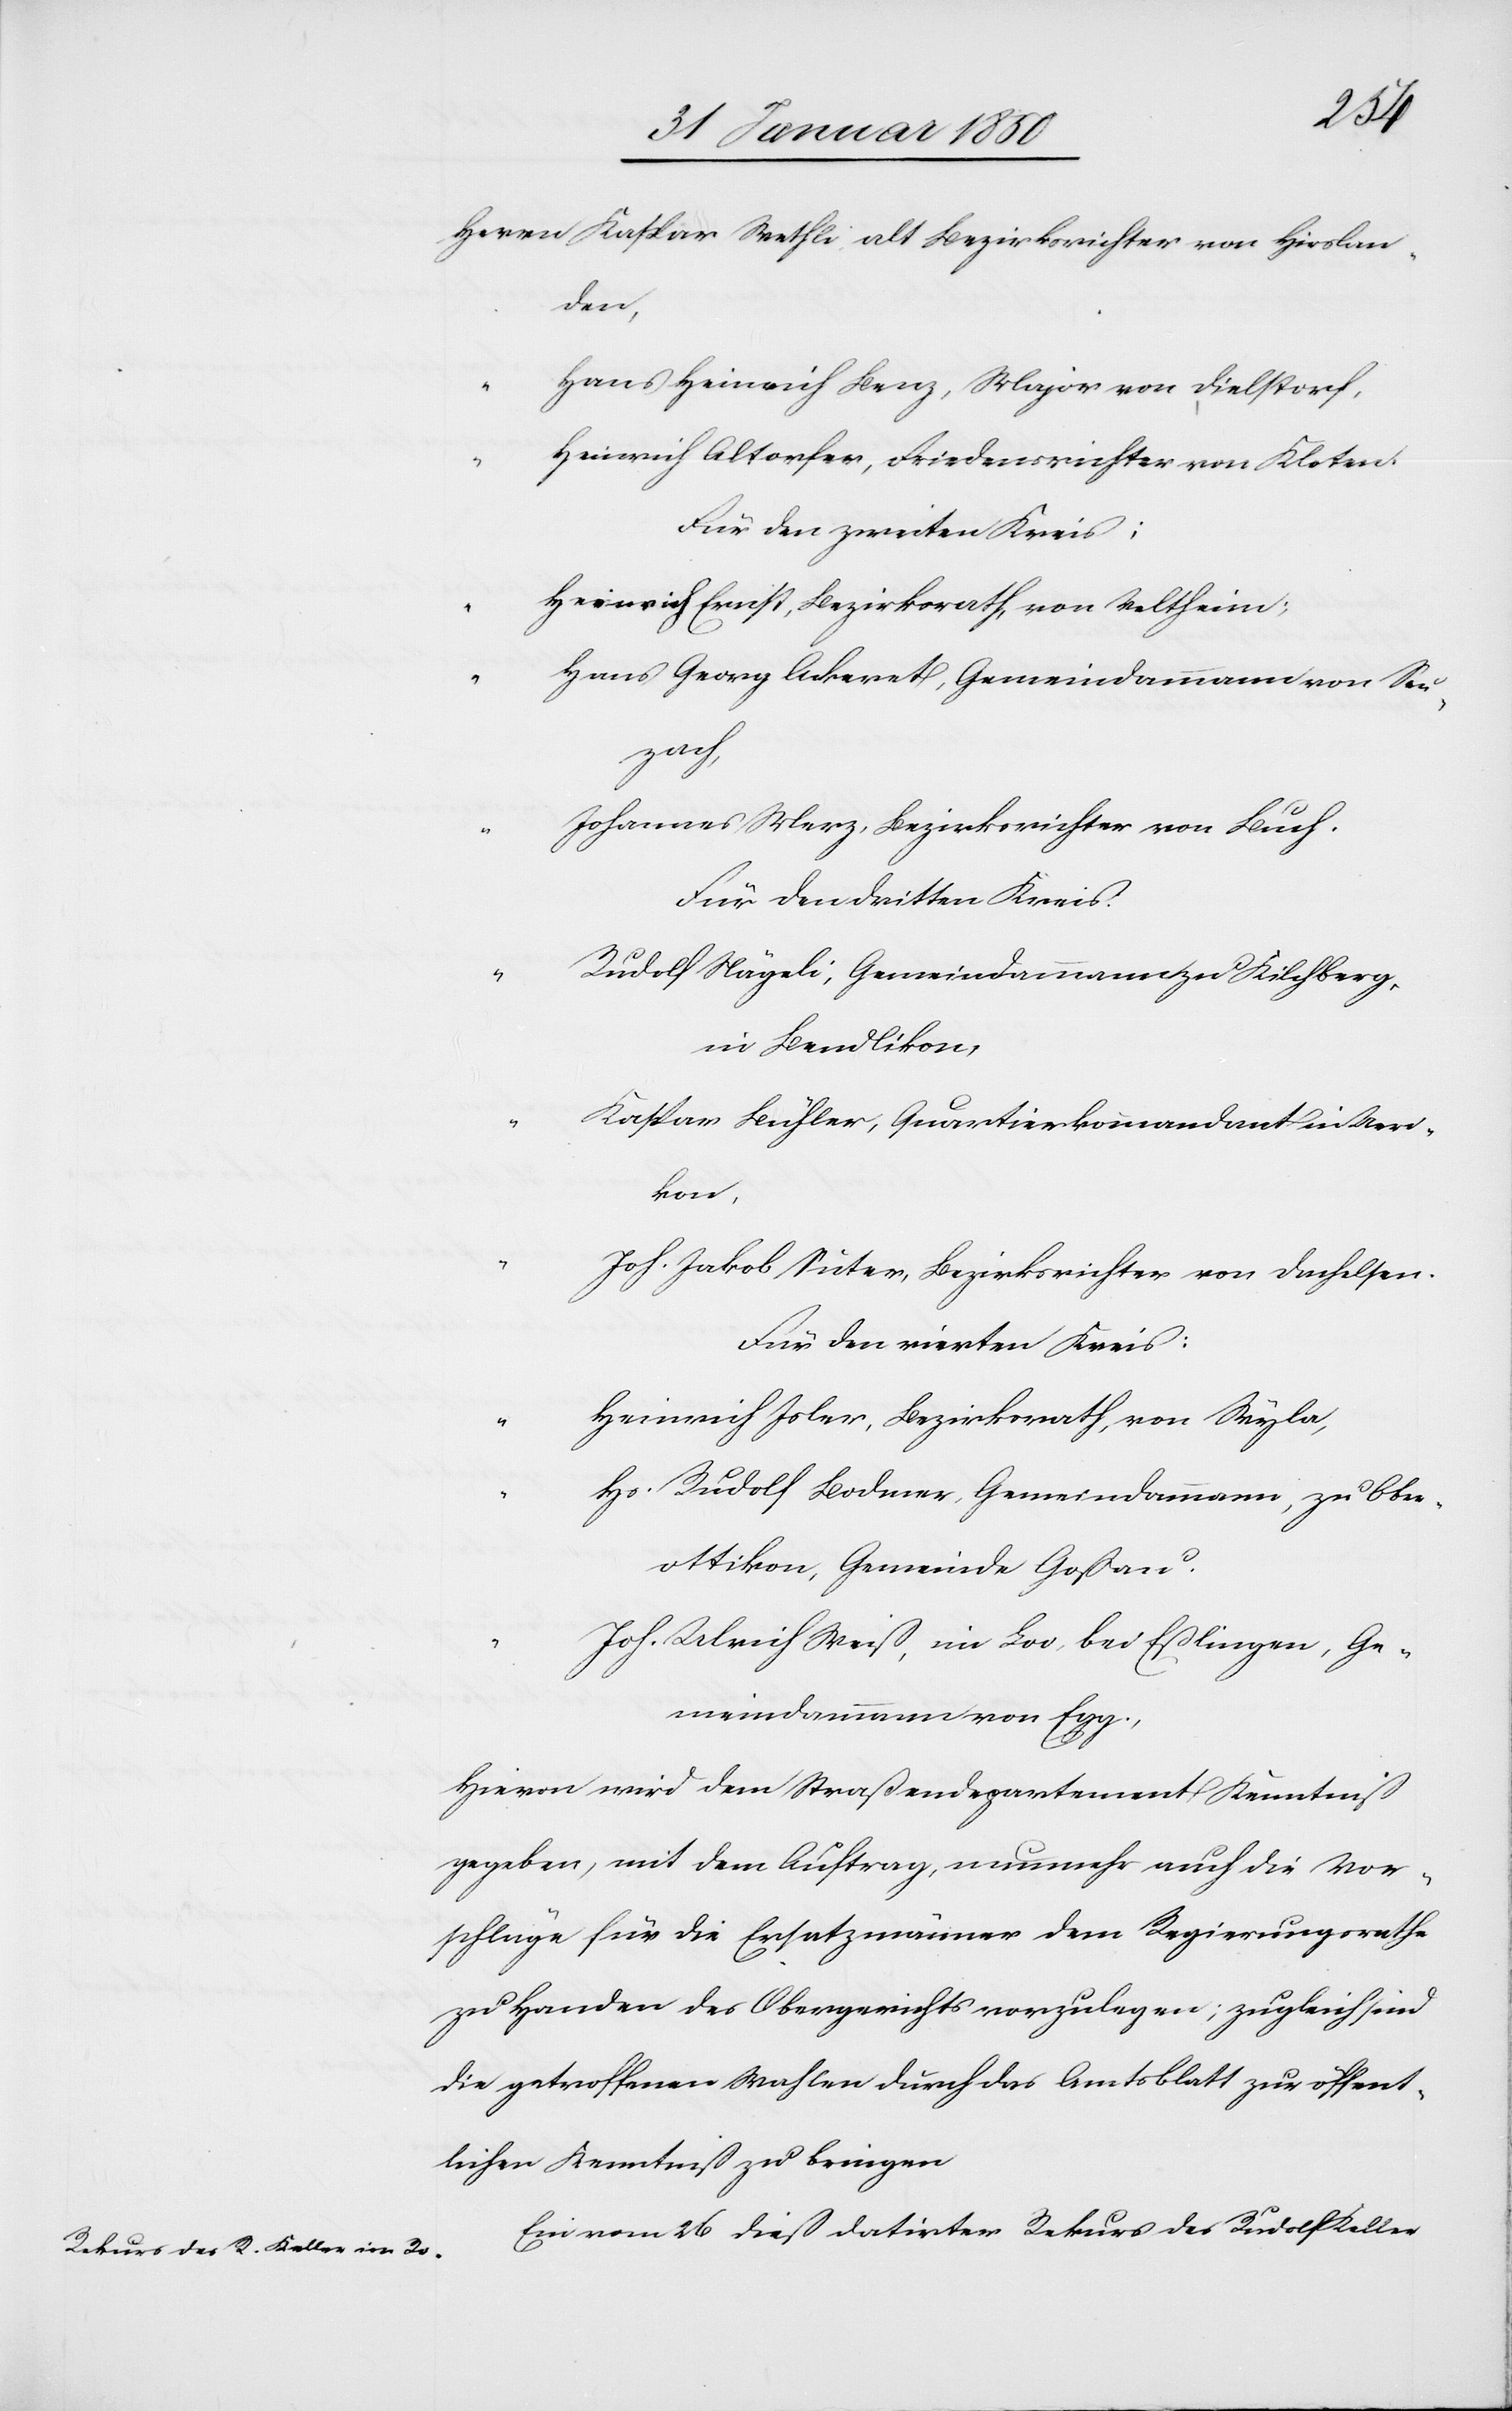
“		K¬
Herrn	Kaspar Methli, alt Bezirksrichter von Hirslan¬
den,
“		Hans Heinrich Benz, Major von Dielstorf.
“		Heinrich Altorfer, Friedensrichter von Kloten.
Für den zweiten Kreis:
“		Heinrich Ernst, Bezirksrath, von Veltheim;
“		Hans Georg Ackeret, Gemeindammann von Seu¬
zach,
“		Johannes Merz, Bezirksrichter von Buch.
Für den dritten Kreis:
“		Rudolf Nägeli, Gemeindammann zu Kilchberg,
in Bendlikon,
aspar Bühler, Quartierkommandant in Ueri¬
kon,
“		Joh. Jakob Suter, Bezirksrichter von Dachelsen.
Für den vierten Kreis:
“		Heinrich Isler, Bezirksrath, von Wyla,
“		Hs. Rudolf Bodmer, Gemeindammann, zu Obe¬
rottikon, Gemeinde Goßau.
“		Joh. Ulrich Weiß, in Loo, bei Eßlingen, Ge¬
meindammann von Egg.
Hievon wird dem Straßendepartement Kenntniß
gegeben, mit dem Auftrag, nunmehr auch die Vor¬
schläge für die Ersatzmänner dem Regierungsrathe
zu Handen des Obergerichts vorzulegen; zugleich sind
die getroffenen Wahlen durch das Amtsblatt zur öffent¬
lichen Kenntniß zu bringen.
Ein vom 26 dieß datirter Rekurs des Rudolf Keller